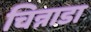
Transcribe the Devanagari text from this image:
चिन्नाडा